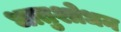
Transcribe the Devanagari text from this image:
धातुशोधन